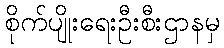
စိုက်ပျိုးရေးဦးစီးဌာနမှ